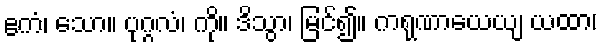
ဧကံ၊ သော။ ပုဂ္ဂလံ၊ ကို။ ဒိသွာ၊ မြင်၍။ ကရုဏာယေယျ ယထာ၊